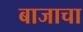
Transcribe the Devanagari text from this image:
बाजाचा